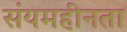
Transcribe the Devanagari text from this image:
संयमहीनता